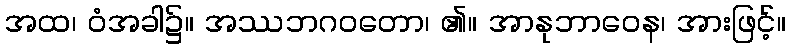
အထ၊ ဝံအခါ၌။ အဿဘဂဝတော၊ ၏။ အာနုဘာဝေန၊ အားဖြင့်။